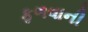
ફળવાની